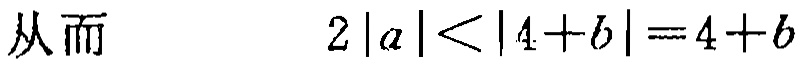
从而\(2|a|<|4 + b| = 4 + b\)